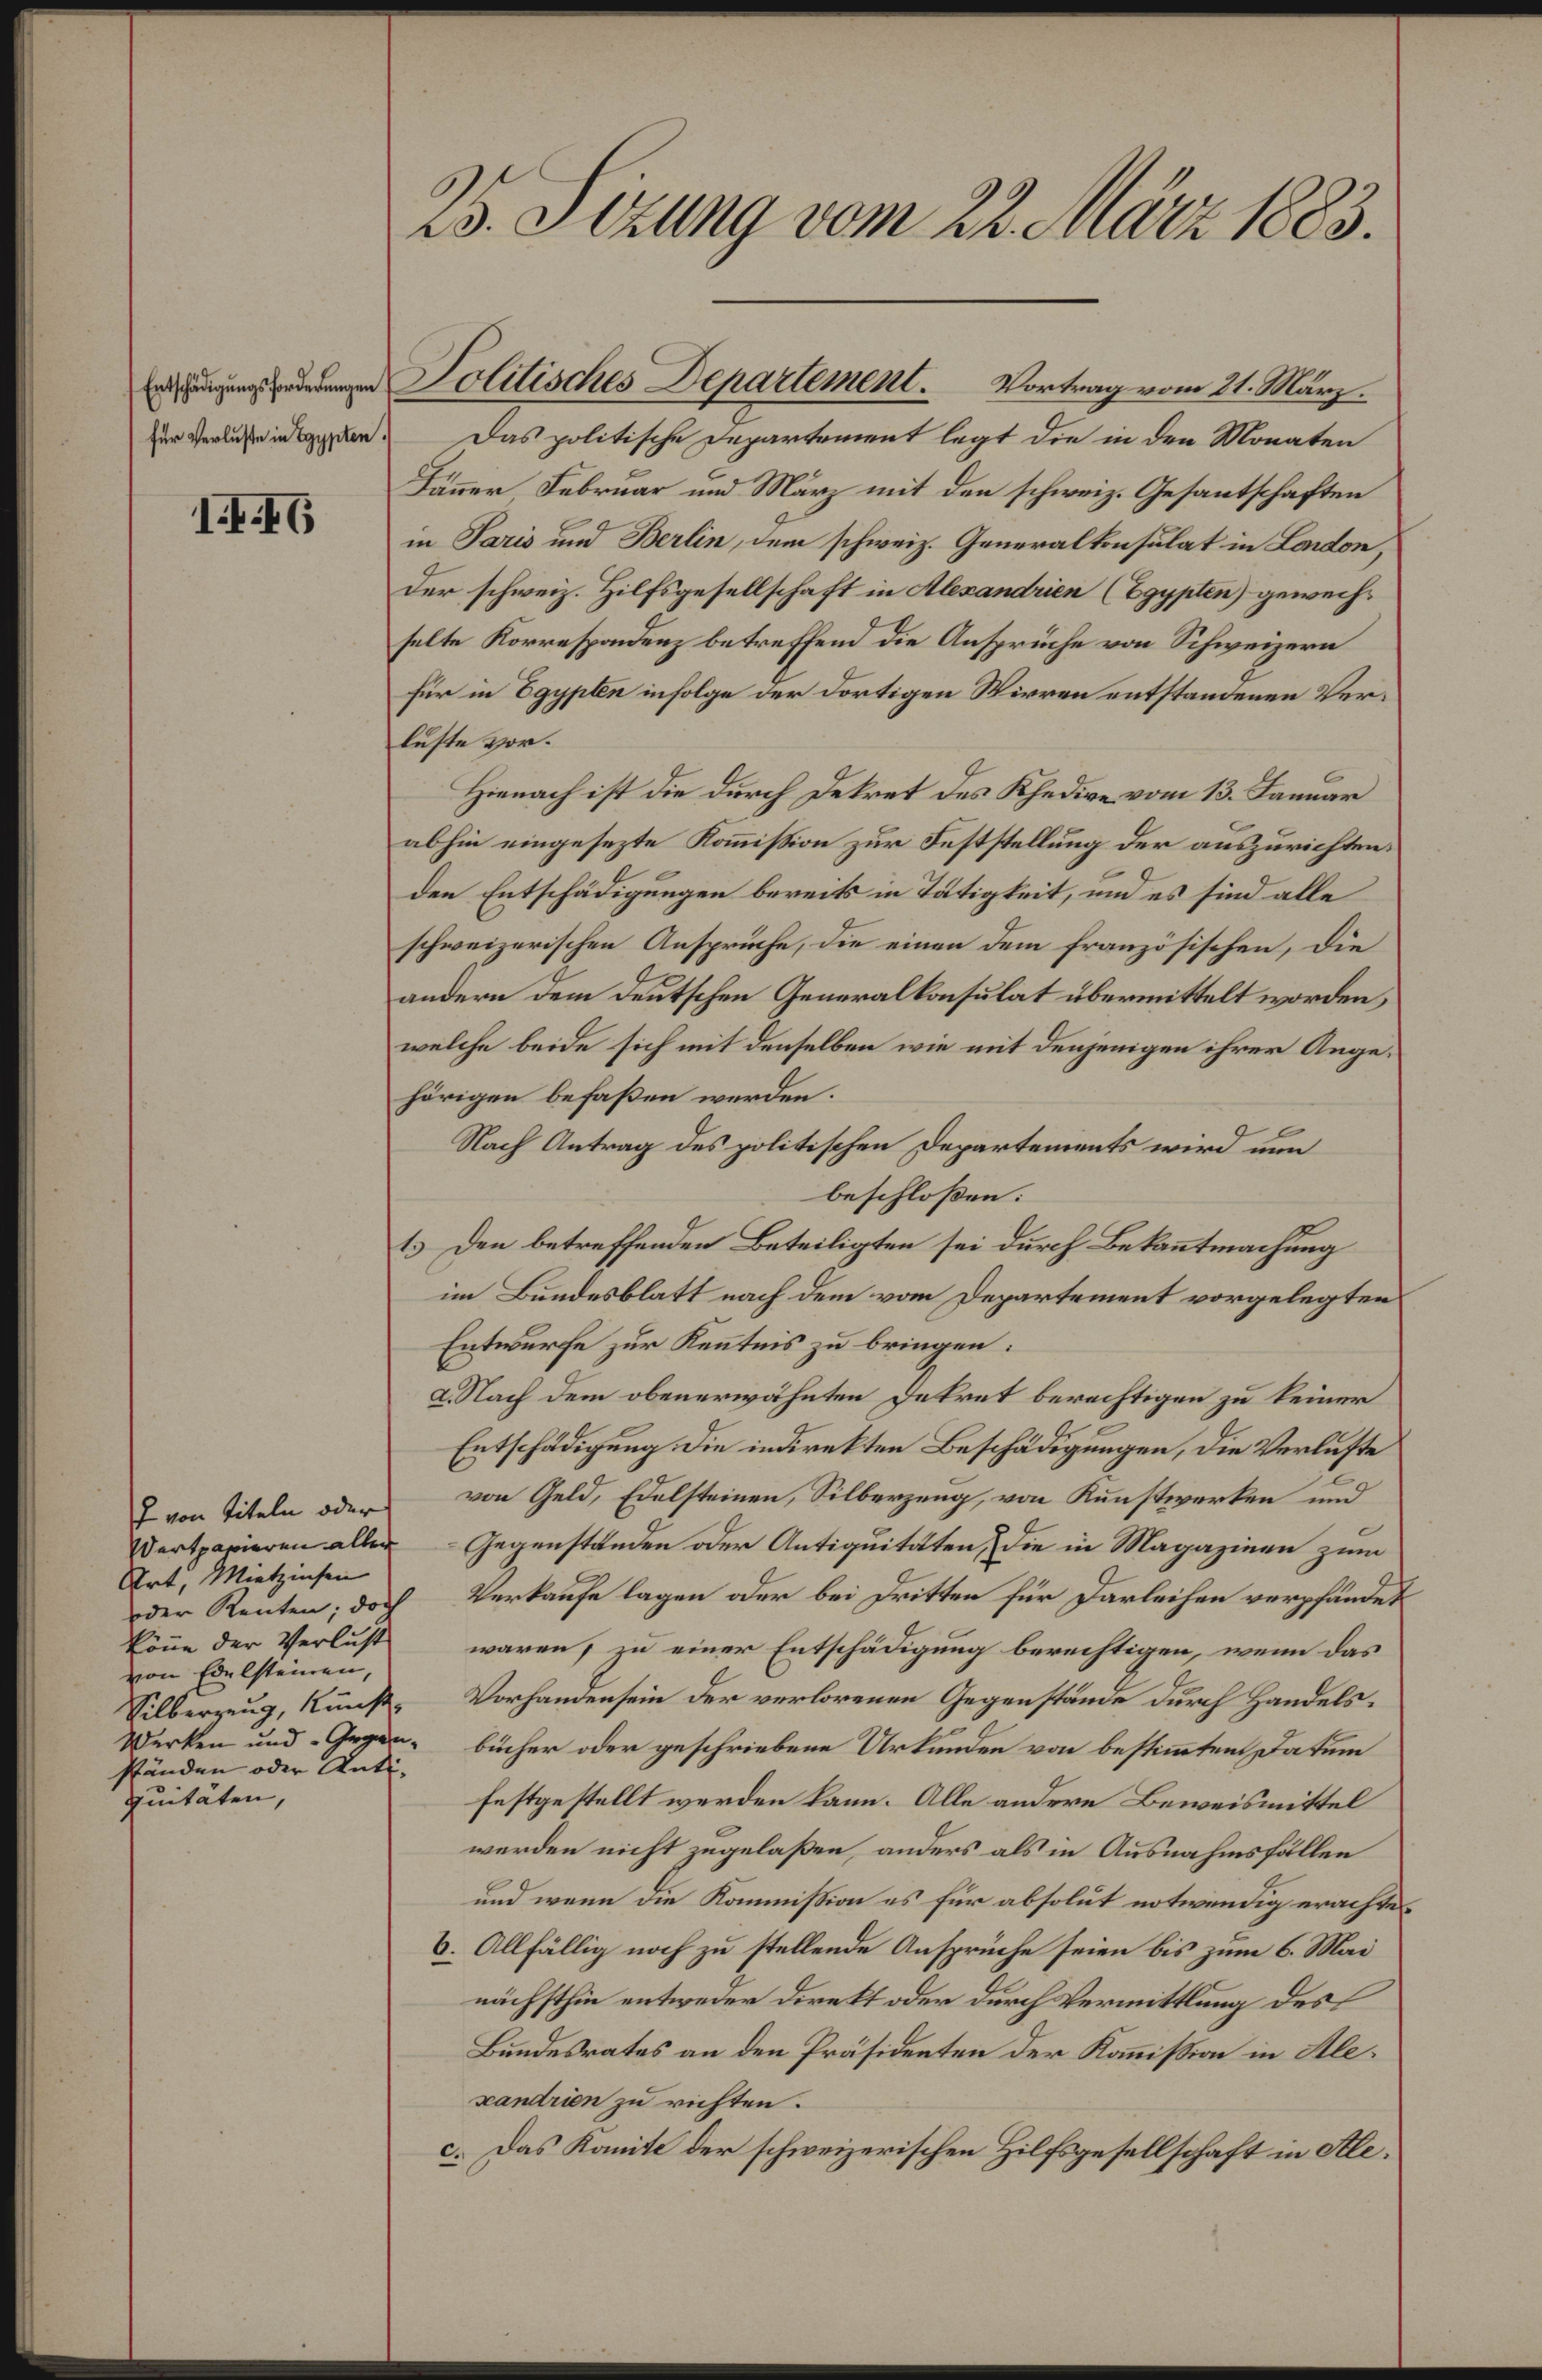
2o. Frng. 0 2t.tdr 183.
Ertscheulzungsfrdekungen
ftr Vterlusse in zipetnd
180
Joltischuesr Depecemt Vrtangem 2. Ma
das politische zepartment legt die in den Monaten
Hrem Sebrnar in Mar mit den schweiz. Gesantschaften
in Saan und Weabn, dem schweiz Generaltn slat in Bandon,
der schweiz. Hilfsgesellschaft in Abvaeiene pppelen, gewech.
selte Korrespndnz betreffend dee Anspruche von Schweizern
für in Bgpebm infolge der Dortigen Wivven entstandenen Ver¬
lste vor¬
Hrach ist die durch detret des Schedre vom 18. Sannar
abhin eingesezte Komistion zur Feststelung der anszurichten
den Entscehädigungen bereik in Ttigteit, wnd es sind alle
schweizerischen Anspruche, die einen dem französischen, die
andern dem deutschen Generaltnselat überitelt norcden
welche beide sich mit denselben wie mit denjrigen ihrer Ange
hörigen befaßen werden.
Nach Antrag des zolitischen depertements wird um
beschloßen:.
s den betreffenden Beteiligten sei durch Bekoetmachung
in Bndesblatt nach dem von Departement vorgelegten
Entwurfe zur Kenteis zu bringen.
Nlach dem obenerähnten delrnt berechtigen zu keiner
Estschädicgung die inretten Beschldigungen, die taluste
von Geld, Edelsteinen, Silberzung, von Renstwerten und
Gegenstlnden ader Antiguttten die in Magazinan zum
Vertaufe lagen der bei Friten für Darlaichen verphndet
waren zu einer Entschädigung berechtigen, wenn das
Vorhandensein der verlrenen Gegenstände durch Handels.
bücher der geschriebene Urtänden voan bestmtentsdatum
festgestellt werden Kane. Alle andere Beweismittel
werden nicht zugelaßen, andrs als in Ausrahmsfllen
und wenn n Kommision es für absolut otwrndig erach i¬
. Allfällig noch zu stellende Anspruche seien bes zum 6. Mai
richsthie entween direttoder durch Verittung des
Bündesrates an den Präsidenten der Koamistan in le.
atian zu richten
. das Soamite der schweizerischen Hilfsgesellschaft in Nle.
vn kle e
ertpaieren alleä
Art, Mietziesen
der Kenten, do
Bäue der Verlust
Vvon Er lsteinen,
Vilberreug, Nuns¬
Werken und Grgeisn
sfänden odr Uati¬
ntäten,